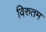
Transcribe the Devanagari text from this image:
विरुतम